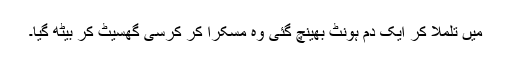
میں تلملا کر ایک دم ہونٹ بھینچ گئی وہ مسکرا کر کرسی گھسیٹ کر بیٹھ گیا۔